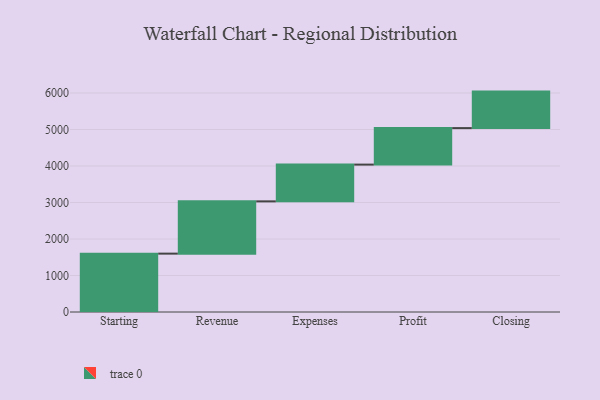
{"axis": {"x": "Step", "y": "Value"}, "legend": [""], "data": [{"x": "Starting", "y": 1599.0, "type": ""}, {"x": "Revenue", "y": 1432.0, "type": ""}, {"x": "Expenses", "y": 1007.0, "type": ""}, {"x": "Profit", "y": 1000, "type": ""}, {"x": "Closing", "y": 1000, "type": ""}]}